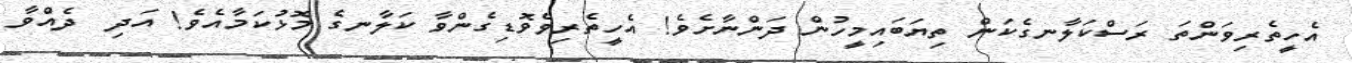
އެހީތެރިވަންތަ ރަސްކަލާނގެކަން ތިޔަބައިމީހުން ދަންނާށެވެ! އެހީތެރިވެވޮޑިގެންވާ ކަލާނގެ މޮޅުކަމާއެވެ! އަދި  ދެއްވާ